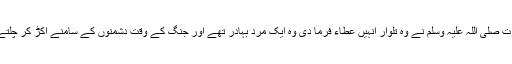
آنحضرت صلی اللہ علیہ وسلم نے وہ تلوار انہیں عطاء فرما دی وہ ایک مرد بہادر تھے اور جنگ کے وقت دشمنوں کے سامنے اکڑ کر چلتے تھے۔